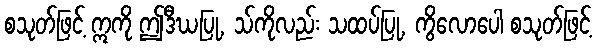
စသုတ်ဖြင့် ဣကို ဤဒီဃပြု, သ်ကိုလည်း သထပ်ပြု, ကွိလောပေါ စသုတ်ဖြင့်